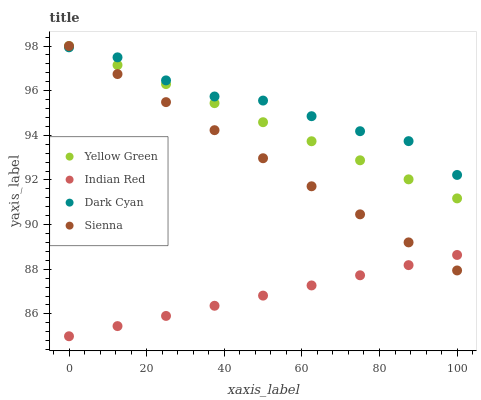
| xaxis_label | Yellow Green | Indian Red | Dark Cyan | Sienna |
 | --- | --- | --- | --- | --- |
 | 0 | 98 | 85 | 97.9 | 98 |
 | 12.5 | 97.1 | 85.5 | 97.5 | 96.7 |
 | 25 | 96.3 | 85.9 | 96.5 | 95.5 |
 | 37.5 | 95.4 | 86.4 | 95.7 | 94.2 |
 | 50 | 94.6 | 86.8 | 95.6 | 93 |
 | 62.5 | 93.7 | 87.3 | 94.9 | 91.7 |
 | 75 | 92.9 | 87.7 | 94.2 | 90.5 |
 | 87.5 | 92 | 88.2 | 93.7 | 89.2 |
 | 100 | 91.2 | 88.6 | 92.2 | 87.9 |